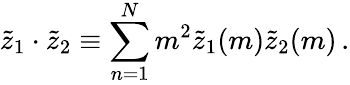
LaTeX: \tilde{z}_{1}\cdot\tilde{z}_{2}\equiv\sum_{n=1}^{N}m^{2}\tilde{z}_{1}(m)\tilde{z}_{2}(m)\, .